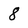
Character: 8